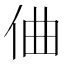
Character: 㑋